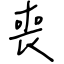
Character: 喪